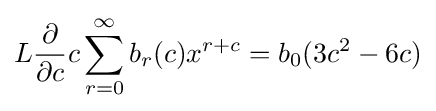
L{\frac {\partial }{\partial c}}c\sum _{r=0}^{\infty }b_{r}(c)x^{r+c}=b_{0}(3c^{2}-6c)